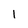
Character: 1